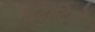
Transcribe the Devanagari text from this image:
जदीदियों